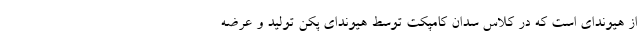
از هیوندای است که در کلاس سدان کامپکت توسط هیوندای پکن تولید و عرضه